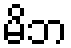
မိဘ